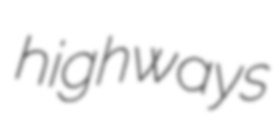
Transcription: highways